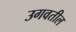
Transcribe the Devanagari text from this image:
उगवतील